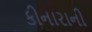
કીનારાની